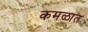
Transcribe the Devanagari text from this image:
कमळात